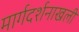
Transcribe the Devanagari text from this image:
मार्गदर्शनाखली